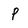
Character: P